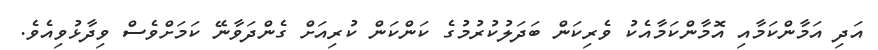
އަދި އަމާންކަމާއި އޮމާންކަމާއެކު ވެރިކަން ބަދަލުކުރުމުގެ ކަންކަން ކުރިއަށް ގެންދަވާނޭ ކަމަށްވެސް ވިދާޅުވިއެވެ.